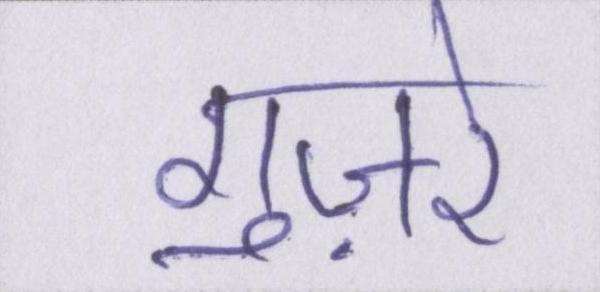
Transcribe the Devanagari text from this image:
गुज़रे